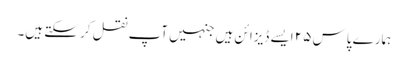
ہمارے پاس ۲۵ ایسے ڈیزائن ہیں جنہیں آپ نقل کر سکتے ہیں۔